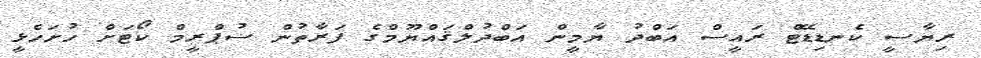
ރިޔާސީ ކެނޑިޑޭޓް ރައީސް އަބްދު ޔާމީން އަބްދުލްޤައްޔޫމްގެ ފަރާތުން ސުޕްރީމް ކޯޓަށް ހުށަހެޅީ